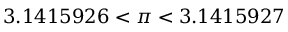
3 . 1 4 1 5 9 2 6 < \pi < 3 . 1 4 1 5 9 2 7